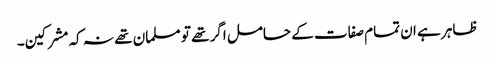
ظاہر ہے ان تمام صفات کے حامل اگر تھے تو مسلمان تھے نہ کہ مشرکین۔